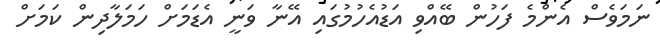
ނަމަވެސް އެންމެ ފަހުން ބޭއްވި އަޑުއެހުމުގައި އޭނާ ވަނީ އެޑަމަށް ހަމަލާދިން ކަމަށް